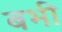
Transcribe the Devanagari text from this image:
बभी